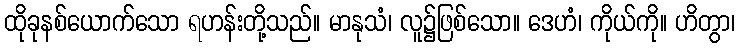
ထိုခုနစ်ယောက်သော ရဟန်းတို့သည်။ မာနုသံ၊ လူ၌ဖြစ်သော။ ဒေဟံ၊ ကိုယ်ကို။ ဟိတွာ၊